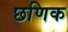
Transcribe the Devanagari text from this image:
छणिक